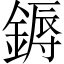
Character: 鎒